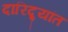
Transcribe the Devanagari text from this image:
दारिद्र्यांत